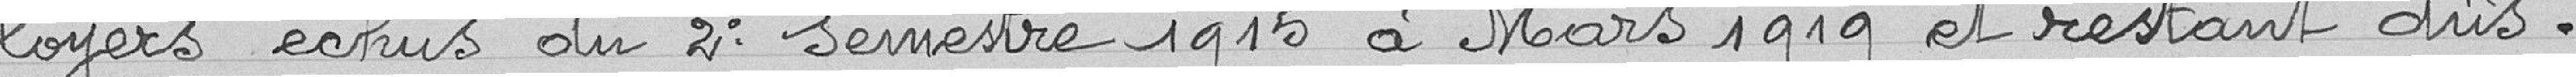
loyers échus du 2° semestre 1915 à Mars 1919 et restant dûs.